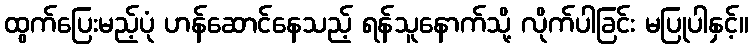
ထွက်ပြေးမည့်ပုံ ဟန်ဆောင်နေသည့် ရန်သူနောက်သို့ လိုက်ပါခြင်း မပြုပါနှင့်။